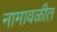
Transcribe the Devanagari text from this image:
नामावळीत